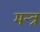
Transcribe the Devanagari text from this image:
मन्‍त्रं